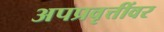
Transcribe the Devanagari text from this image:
अपप्रवृत्तींवर